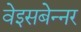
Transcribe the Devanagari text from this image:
वेइसबेन्नर